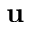
\mathbf { u }